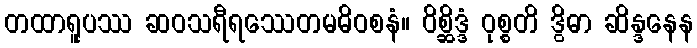
တထာရူပဿ ဆဝသရီရဿေတမဓိဝစနံ။ ဝိစ္ဆိဒ္ဒံ ဝုစ္စတိ ဒွိဓာ ဆိန္ဒနေန